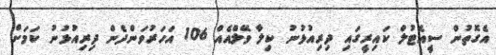
އެގޮތުން ސީއެޓުލް ކައިރީގައި ދިރިއުޅުނު ކިލާ ވޭލްއެއް 106 އަހަރުވަންދެން ދިރިއުޅުނު ކަމަށް